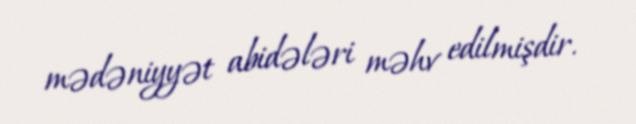
mədəniyyət abidələri məhv edilmişdir.